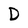
Character: D